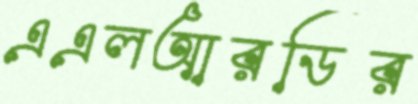
এএলআরডির